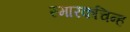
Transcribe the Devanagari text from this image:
स्मारकचिन्ह